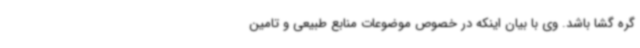
گره گشا باشد. وی با بیان اینکه در خصوص موضوعات منابع طبیعی و تامین